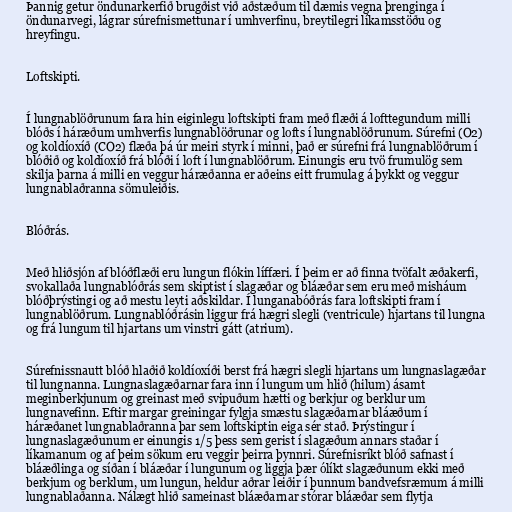
Þannig getur öndunarkerfið brugðist við aðstæðum til dæmis vegna þrenginga í
öndunarvegi, lágrar súrefnismettunar í umhverfinu, breytilegri líkamsstöðu og
hreyfingu.

Loftskipti.

Í lungnablöðrunum fara hin eiginlegu loftskipti fram með flæði á lofttegundum milli
blóðs í háræðum umhverfis lungnablöðrunar og lofts í lungnablöðrunum. Súrefni (O2)
og koldíoxíð (CO2) flæða þá úr meiri styrk í minni, það er súrefni frá lungnablöðrum í
blóðið og koldíoxíð frá blóði í loft í lungnablöðrum. Einungis eru tvö frumulög sem
skilja þarna á milli en veggur háræðanna er aðeins eitt frumulag á þykkt og veggur
lungnablaðranna sömuleiðis.

Blóðrás.

Með hliðsjón af blóðflæði eru lungun flókin líffæri. Í þeim er að finna tvöfalt æðakerfi,
svokallaða lungnablóðrás sem skiptist í slagæðar og bláæðar sem eru með misháum
blóðþrýstingi og að mestu leyti aðskildar. Í lunganabóðrás fara loftskipti fram í
lungnablöðrum. Lungnablóðrásin liggur frá hægri slegli (ventricule) hjartans til lungna
og frá lungum til hjartans um vinstri gátt (atrium).

Súrefnissnautt blóð hlaðið koldíoxíði berst frá hægri slegli hjartans um lungnaslagæðar
til lungnanna. Lungnaslagæðarnar fara inn í lungum um hlið (hilum) ásamt
meginberkjunum og greinast með svipuðum hætti og berkjur og berklur um
lungnavefinn. Eftir margar greiningar fylgja smæstu slagæðarnar bláæðum í
háræðanet lungnablaðranna þar sem loftskiptin eiga sér stað. Þrýstingur í
lungnaslagæðunum er einungis 1/5 þess sem gerist í slagæðum annars staðar í
líkamanum og af þeim sökum eru veggir þeirra þynnri. Súrefnisríkt blóð safnast í
bláæðlinga og síðan í bláæðar í lungunum og liggja þær ólíkt slagæðunum ekki með
berkjum og berklum, um lungun, heldur aðrar leiðir í þunnum bandvefsræmum á milli
lungnablaðanna. Nálægt hlið sameinast bláæðarnar stórar bláæðar sem flytja